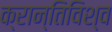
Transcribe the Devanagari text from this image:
क्रान्तिविश्व